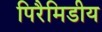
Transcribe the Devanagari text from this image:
पिरैमिडीय